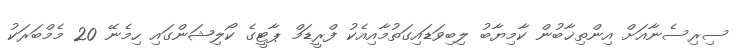
ސިރިސެނާއަށް އިންތިޚާބުން ކާމިޔާބު ލިބިވަޑައިގަތުމާއިއެކު ފްރީޑަމް ޕާޓީގެ ކޯލިޝަންގައި ހިމެނޭ 20 މެމްބަރަކު